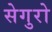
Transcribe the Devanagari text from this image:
सेगुरो